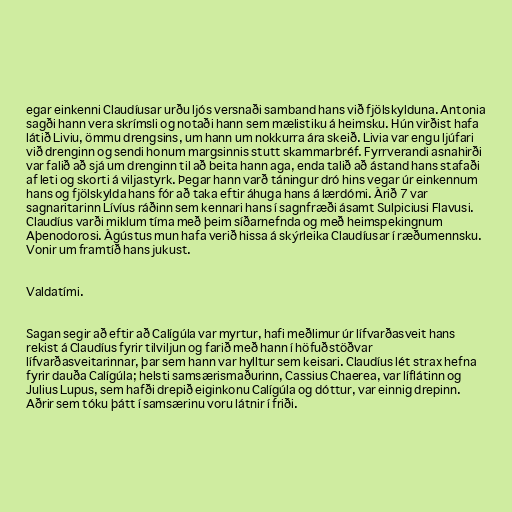
egar einkenni Claudíusar urðu ljós versnaði samband hans við fjölskylduna. Antonia
sagði hann vera skrímsli og notaði hann sem mælistiku á heimsku. Hún virðist hafa
látið Liviu, ömmu drengsins, um hann um nokkurra ára skeið. Livia var engu ljúfari
við drenginn og sendi honum margsinnis stutt skammarbréf. Fyrrverandi asnahirði
var falið að sjá um drenginn til að beita hann aga, enda talið að ástand hans stafaði
af leti og skorti á viljastyrk. Þegar hann varð táningur dró hins vegar úr einkennum
hans og fjölskylda hans fór að taka eftir áhuga hans á lærdómi. Árið 7 var
sagnaritarinn Lívíus ráðinn sem kennari hans í sagnfræði ásamt Sulpiciusi Flavusi.
Claudíus varði miklum tíma með þeim síðarnefnda og með heimspekingnum
Aþenodorosi. Ágústus mun hafa verið hissa á skýrleika Claudíusar í ræðumennsku.
Vonir um framtíð hans jukust.

Valdatími.

Sagan segir að eftir að Calígúla var myrtur, hafi meðlimur úr lífvarðasveit hans
rekist á Claudíus fyrir tilviljun og farið með hann í höfuðstöðvar
lífvarðasveitarinnar, þar sem hann var hylltur sem keisari. Claudíus lét strax hefna
fyrir dauða Calígúla; helsti samsærismaðurinn, Cassius Chaerea, var líflátinn og
Julius Lupus, sem hafði drepið eiginkonu Calígúla og dóttur, var einnig drepinn.
Aðrir sem tóku þátt í samsærinu voru látnir í friði.